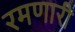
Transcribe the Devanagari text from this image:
रमणारी